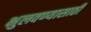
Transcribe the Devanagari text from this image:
भुलवण्यासाठी